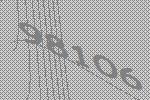
98106